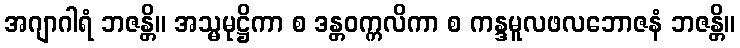
အဂျာဂါရံ ဘဇန္တိ။ အသ္မမုဋ္ဌိကာ စ ဒန္တဝက္ကလိကာ စ ကန္ဒမူလဖလဘောဇနံ ဘဇန္တိ။